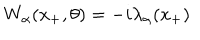
W _ { \alpha } ( x _ { + } , \theta ) = - i \lambda _ { \alpha } ( x _ { + } )